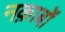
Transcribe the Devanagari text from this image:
नक़ाबों